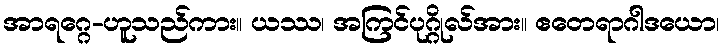
အာရဂ္ဂေ-ဟူသည်ကား။ ယဿ၊ အကြင်ပုဂ္ဂိုလ်အား။ ဧတေရာဂါဒယော၊